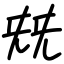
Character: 兓